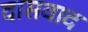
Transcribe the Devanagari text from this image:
दासवाद